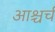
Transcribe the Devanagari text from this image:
आश्चर्च